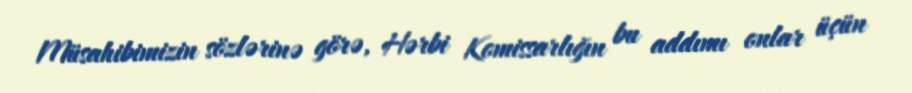
Müsahibimizin sözlərinə görə, Hərbi Komissarlığın bu addımı onlar üçün